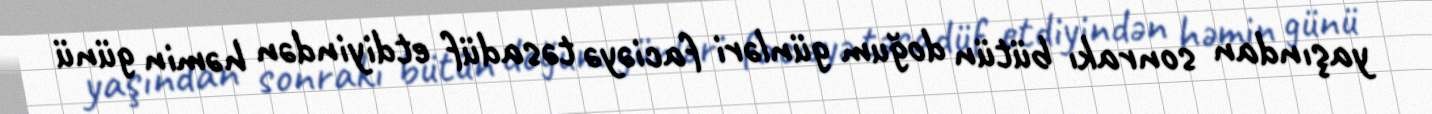
yaşından sonrakı bütün doğum günləri faciəyə təsadüf etdiyindən həmin günü